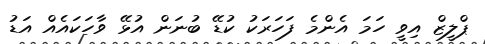
ޕްލީޒް އިވީ ހަމަ އެންމެ ފަހަރަކު ކުޑޭ ބުނަން އުޅޭ ވާހަކައެއް އަޑު